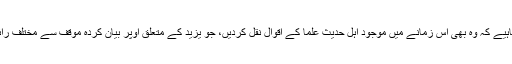
فریق ثانی کو چاہیے کہ وہ بھی اس زمانے میں موجود اہل حدیث علما کے اقوال نقل کردیں، جو یزید کے متعلق اوپر بیان کردہ موقف سے مختلف رائے رکھتے ہیں۔